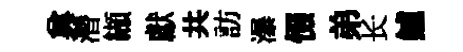
兾濳纈獻共訪瀑惙弟长鱸